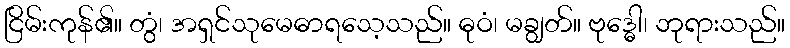
ငြိမ်းကုန်၏။ တွံ၊ အရှင်သုမေဓာရသေ့သည်။ ဓုဝံ၊ မချွတ်။ ဗုဒ္ဓေါ၊ ဘုရားသည်။